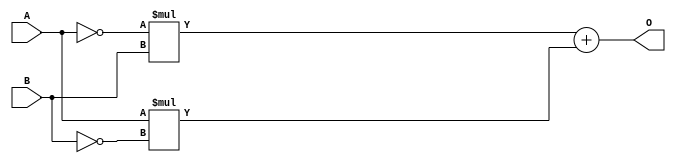
module XOR(O,A,B);
	input wire A,B;
	output wire O;
	assign O = (~A)*B + A*(~B);
endmodule